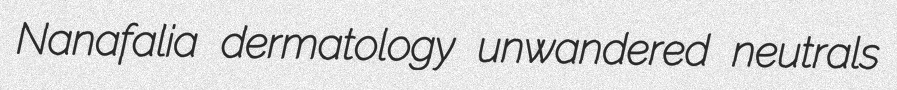
Nanafalia dermatology unwandered neutrals